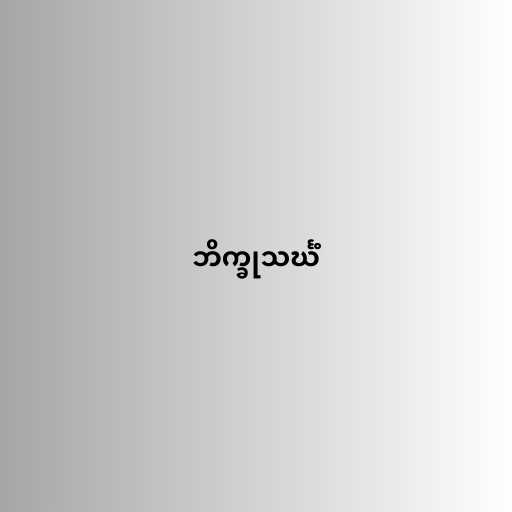
ဘိက္ခုသင်္ဃံ